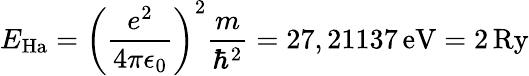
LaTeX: E_{\mathrm{Ha}}=\left(\frac{e^{2}}{4\pi\epsilon_{0}}\right)^{2}\frac{m}{\hbar^{2}}=27,21137\, \mathrm{eV}=2\, \mathrm{Ry}